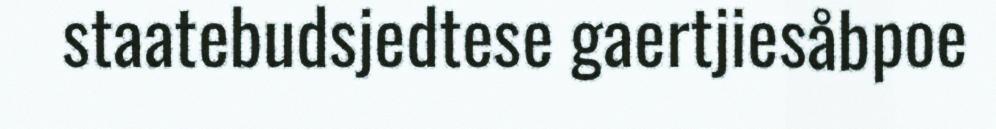
staatebudsjedtese gaertjiesåbpoe